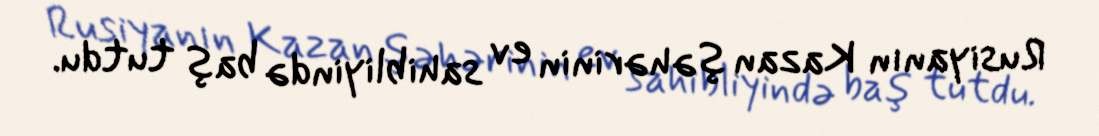
Rusiyanın Kazan şəhərinin ev sahibliyində baş tutdu.